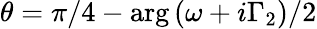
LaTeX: \theta={\pi}/4-\arg{\left(\omega+i\Gamma_{2}\right)}/2